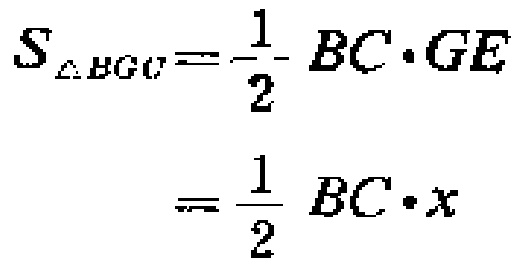
\[
\begin{align*}
S_{\triangle BGC}&=\frac{1}{2}BC\cdot GE\\
&=\frac{1}{2}BC\cdot x
\end{align*}
\]